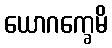
ယောဂက္ခေမိ